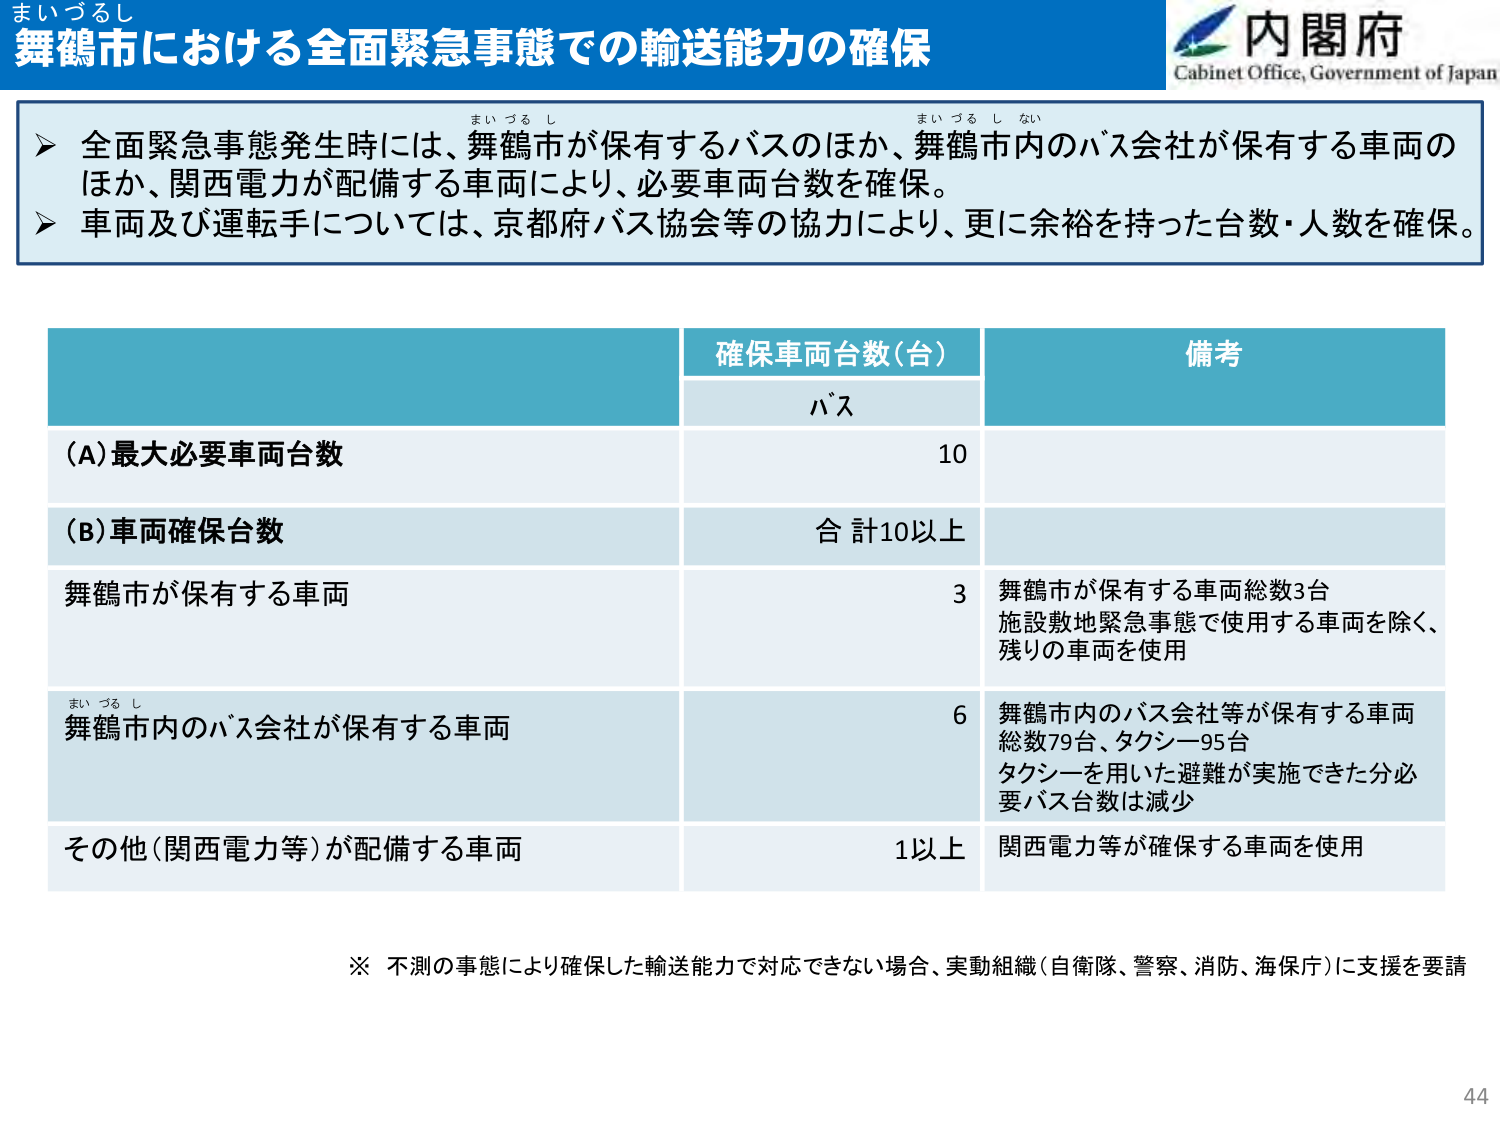
まいづるし
舞鶴市における全面緊急事態での輸送能力の確保

内閣府
Cabinet Office, Government of Japan

▶ 全面緊急事態発生時には、舞鶴市が保有するバスのほか、舞鶴市内のバス会社が保有する車両のほか、関西電力が配備する車両により、必要車両台数を確保。
▶ 車両及び運転手については、京都府バス協会等の協力により、更に余裕を持った台数・人数を確保。

確保車両台数（台）
バス
備考

(A) 最大必要車両台数
10

(B) 車両確保台数
合計10以上

舞鶴市が保有する車両
3
舞鶴市が保有する車両総数3台
施設敷地緊急事態で使用する車両を除く、
残りの車両を使用

まいづるし
舞鶴市内のバス会社が保有する車両
6
舞鶴市内のバス会社等が保有する車両
総数79台、タクシー95台
タクシーを用いた避難が実施できた分必要バス台数は減少

その他（関西電力等）が配備する車両
1以上
関西電力等が確保する車両を使用

※ 不測の事態により確保した輸送能力で対応できない場合、実動組織（自衛隊、警察、消防、海保庁）に支援を要請

44